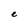
Character: e